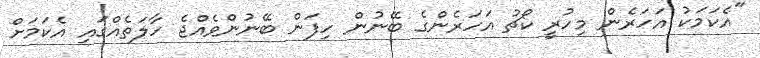
"އެކަމަކު އަހަރެން މިހުރީ ކޯޗު އަހަރެންގެ ބޭނުން ހިފަން ބޭނުންވެއްޖެ ހާލަތެއްގައި އެކަމަށް